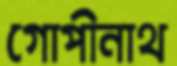
গোপীনাথ